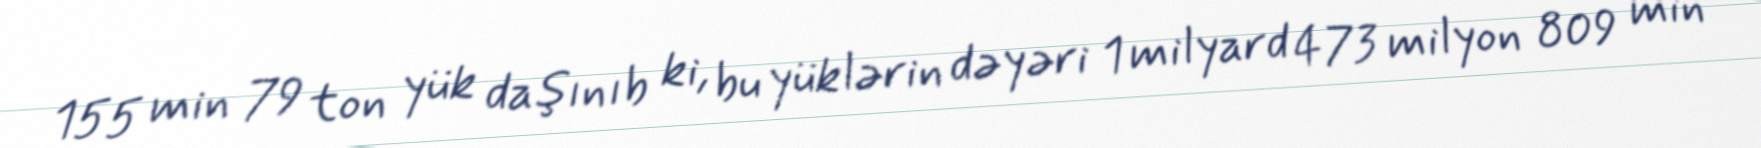
155 min 79 ton yük daşınıb ki, bu yüklərin dəyəri 1 milyard 473 milyon 809 min